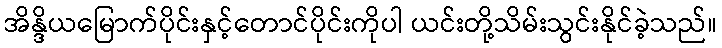
အိန္ဒိယမြောက်ပိုင်းနှင့်တောင်ပိုင်းကိုပါ ယင်းတို့သိမ်းသွင်းနိုင်ခဲ့သည်။